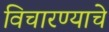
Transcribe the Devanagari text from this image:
विचारण्याचे